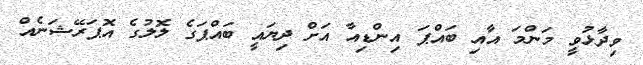
ވިދާޅުވީ މަންމަ އާއި ބައްޕަ އިންޑިއާ އަށް ދިޔައީ ބައްޕަގެ ލޮލުގެ އޮޕަރޭޝަނެއް